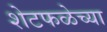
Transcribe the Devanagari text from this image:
शेटफळेच्या